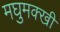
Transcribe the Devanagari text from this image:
मघुमक्खी